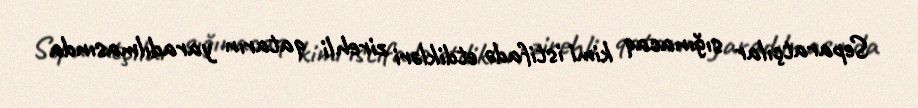
Separatçılar sığınacaq kimi istifadə etdikləri zirehli qatarın yaradılmasında